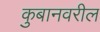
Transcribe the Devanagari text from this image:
कुबानवरील